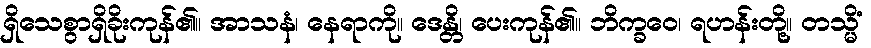
ရှိသေစွာရှိခိုးကုန်၏။ အာသနံ၊ နေရာကို။ ဒေန္တိ၊ ပေးကုန်၏။ ဘိက္ခဝေ၊ ရဟန်းတို့။ တသ္မိံ